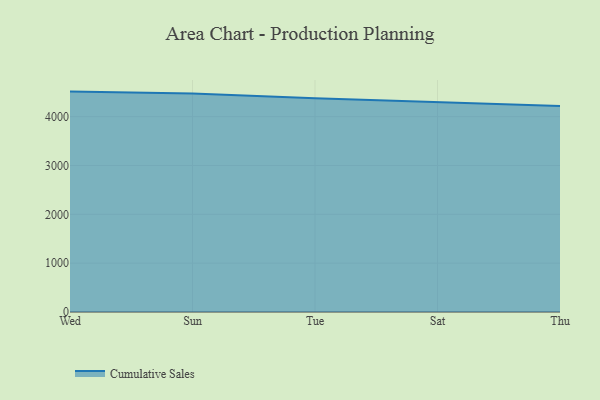
{"axis": {"x": "Day", "y": "Customer Acquisition Cost (USD)"}, "legend": ["Cumulative Sales"], "data": [{"x": "Wed", "y": 4513.4, "type": "Cumulative Sales"}, {"x": "Sun", "y": 4474.2, "type": "Cumulative Sales"}, {"x": "Tue", "y": 4377.7, "type": "Cumulative Sales"}, {"x": "Sat", "y": 4290.0, "type": "Cumulative Sales"}, {"x": "Thu", "y": 4216.2, "type": "Cumulative Sales"}]}